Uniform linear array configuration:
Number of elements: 16
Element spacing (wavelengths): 1
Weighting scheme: uniform
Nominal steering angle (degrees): -45
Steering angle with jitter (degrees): -46.348
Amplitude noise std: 0.05
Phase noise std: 0.05

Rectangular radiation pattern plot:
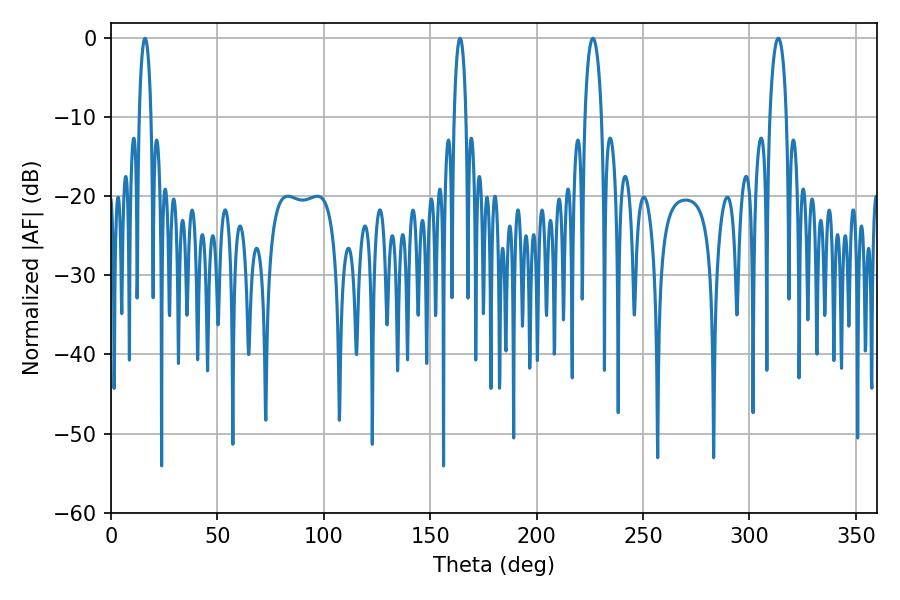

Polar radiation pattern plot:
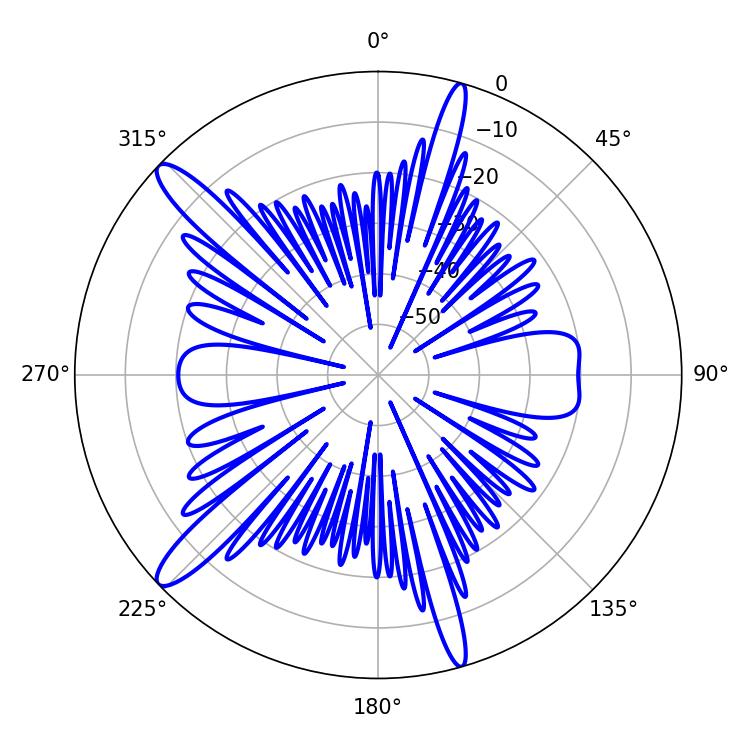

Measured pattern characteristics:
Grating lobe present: TRUE
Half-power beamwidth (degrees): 4.5
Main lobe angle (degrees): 226.44